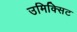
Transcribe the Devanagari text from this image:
उमिक्सिट